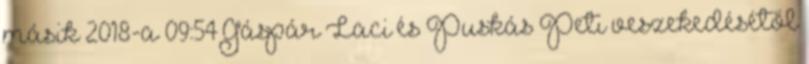
másik 2018-a 09:54 Gáspár Laci és Puskás Peti veszekedésétől